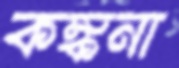
কঙ্কনা